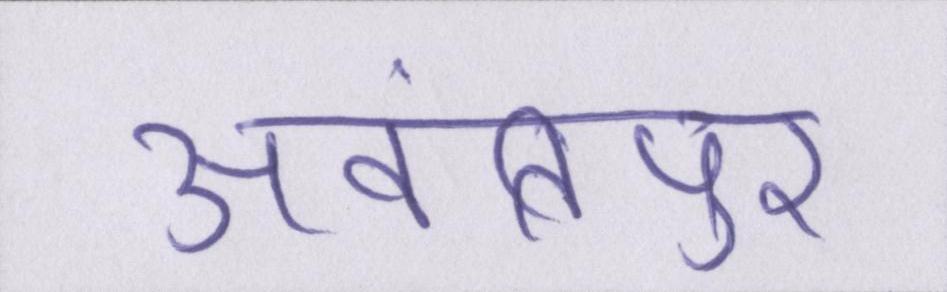
अवंतिपुर